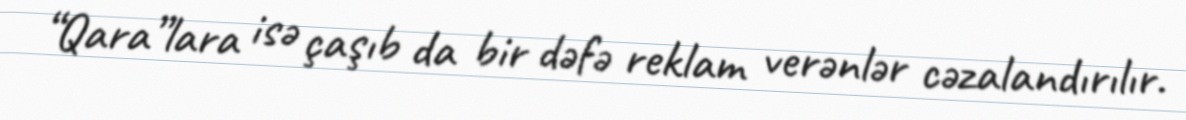
“Qara”lara isə çaşıb da bir dəfə reklam verənlər cəzalandırılır.